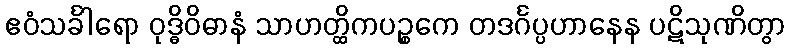
ဧဝံသင်္ခါရော ဝုဒ္ဓိဝိဓာနံ သာဟတ္ထိကပဉ္စကေ တဒင်္ဂပ္ပဟာနေန ပဋိသုဏိတွာ